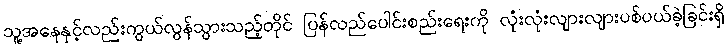
သူ့အနေနှင့်လည်းကွယ်လွန်သွားသည့်တိုင် ပြန်လည်ပေါင်းစည်းရေးကို လုံးလုံးလျားလျားပစ်ပယ်ခဲ့ခြင်းရှိ